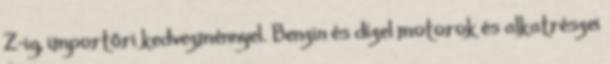
Z-ig, importőri kedvezménnyel. Benzin és dízel motorok és alkatrészei